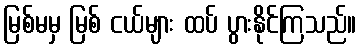
မြစ်မမှ မြစ် ငယ်များ ထပ် ပွားနိုင်ကြသည်။